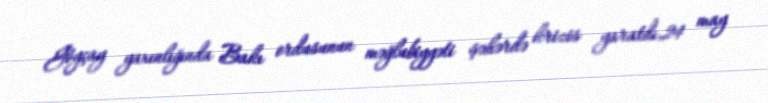
Göyçay yaxınlığında Bakı ordusunun məğlubiyyəti şəhərdə krizis yaratdı,24 may